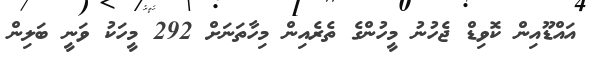
އައްޑޫއިން ކޮވިޑް ޖެހުނު މީހުންގެ ތެރެއިން މިހާތަނަށް 292 މީހަކު ވަނީ ބަލިން